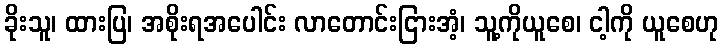
ခိုးသူ၊ ထားပြ၊ အစိုးရအပေါင်း လာတောင်းငြားအံ့၊ သူ့ကိုယူစေ၊ ငါ့ကို ယူစေဟု